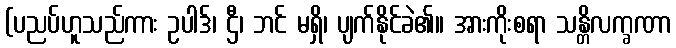
(ပညပ်ဟူသည်ကား ဥပါဒ်၊ ဌီ၊ ဘင် မရှိ၊ ပျက်နိုင်ခဲ၏။ အားကိုးစရာ သန္တိလက္ခဏာ